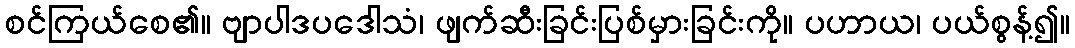
စင်ကြယ်စေ၏။ ဗျာပါဒပဒေါသံ၊ ဖျက်ဆီးခြင်းပြစ်မှားခြင်းကို။ ပဟာယ၊ ပယ်စွန့်၍။